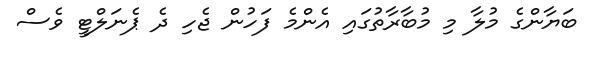
ބަޔާންގެ މުލާ މި މުބާރާތުގައި އެންމެ ފަހުން ޖެހި ދެ ޕެނަލްޓީ ވެސް